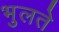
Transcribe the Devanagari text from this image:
भुलते